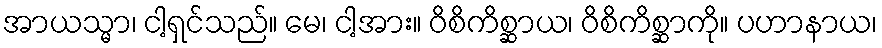
အာယသ္မာ၊ ငါ့ရှင်သည်။ မေ၊ ငါ့အား။ ဝိစိကိစ္ဆာယ၊ ဝိစိကိစ္ဆာကို။ ပဟာနာယ၊